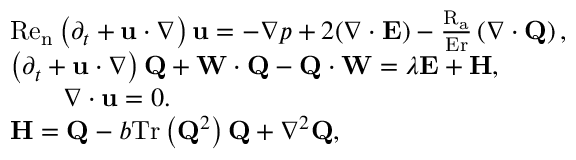
\begin{array} { r l } & { \mathrm { R e } _ { \mathrm { n } } \left( \partial _ { t } + \mathbf { u } \cdot \boldsymbol { \nabla } \right) \mathbf { u } = - \boldsymbol { \nabla } p + 2 ( \boldsymbol { \nabla } \cdot \mathbf { E } ) - \frac { \mathrm { R } _ { \mathrm { a } } } { \mathrm { E r } } \left( \boldsymbol { \nabla } \cdot \mathbf { Q } \right) , } \\ & { \left( \partial _ { t } + \mathbf { u } \cdot \boldsymbol { \nabla } \right) \mathbf { Q } + \mathbf { W } \cdot \mathbf { Q } - \mathbf { Q } \cdot \mathbf { W } = \lambda \mathbf { E } + \mathbf { H } , } \\ & { \qquad \boldsymbol { \nabla } \cdot \mathbf { u } = 0 . } \\ & { \mathbf { H } = \mathbf { Q } \mathbin { - } b \mathrm { T r } \left( \mathbf { Q } ^ { 2 } \right) \mathbf { Q } \mathbin { + } \nabla ^ { 2 } \mathbf { Q } , } \end{array}